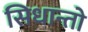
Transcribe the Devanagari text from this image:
सिधान्तो